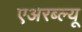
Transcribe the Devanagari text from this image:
एअरब्ल्यू